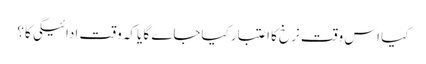
کیا اس وقت نرخ کا اعتبار کیاجاے گا یاکہ وقت ادائیگی کا؟